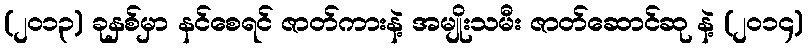
(၂၀၁၃) ခုနှစ်မှာ နင်စေရင် ဇာတ်ကားနဲ့ အမျိုးသမီး ဇာတ်ဆောင်ဆု နဲ့ (၂၀၁၄)